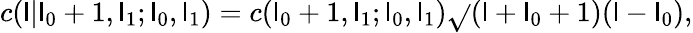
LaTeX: c(\mathsf{l}|\mathsf{l}_{0}+1,\mathsf{l}_{1};\mathsf{l}_{0},\mathsf{l}_{1})=c(\mathsf{l}_{0}+1,\mathsf{l}_{1};\mathsf{l}_{0},\mathsf{l}_{1})\sqrt{}{{(\mathsf{l}+\mathsf{l}_{0}+1)(\mathsf{l}-\mathsf{l}_{0})}},